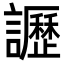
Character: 讈